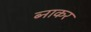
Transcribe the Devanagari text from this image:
ब्नाकर